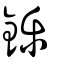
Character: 鑠